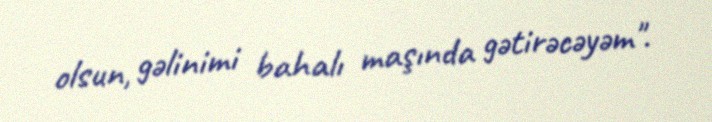
olsun, gəlinimi bahalı maşında gətirəcəyəm".